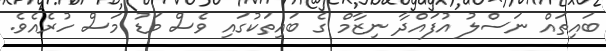
ބައިތައް ނަސްލު އުފައްދާ ނިޒާމް ގެ ބައިތަކުގައި ވެސް މަޑު މަސް ހުރެއެވެ.